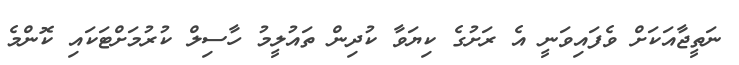
ނަތީޖާއަކަށް ވެފައިވަނީ އެ ރަށުގެ ކިޔަވާ ކުދިން ތައުލީމު ހާސިލް ކުރުމަށްޓަކައި ކޮންމެ